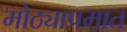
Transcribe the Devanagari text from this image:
मोठ्याप्रमात